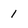
Character: 1